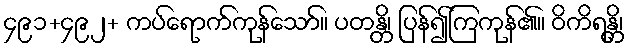
၄၉၁+၄၉၂+ ကပ်ရောက်ကုန်သော်။ ပတန္တိ၊ ပြန်၍ကြကုန်၏။ ဝိကိရန္တိ၊